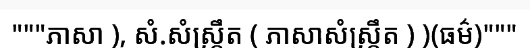
"""ភាសា ), សំ.សំស្ក្រឹត ( ភាសាសំស្ក្រឹត ) )(ធម៌)"""